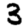
Digit: 3